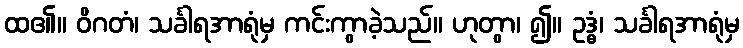
ထ၏။ ဝိဂတံ၊ သင်္ခါရအာရုံမှ ကင်းကွာခဲ့သည်။ ဟုတွာ၊ ၍။ ဥဒ္ဓံ၊ သင်္ခါရအာရုံမှ